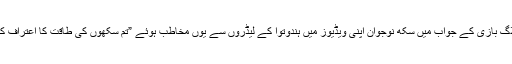
اس ڈائیلاگ بازی کے جواب میں سِکھ نوجوان اپنی ویڈیوز میں ہندوتوا کے لیڈروں سے یوں مخاطب ہوئے ”تم سِکھوں کی طاقت کا اعتراف کرتے ہو۔